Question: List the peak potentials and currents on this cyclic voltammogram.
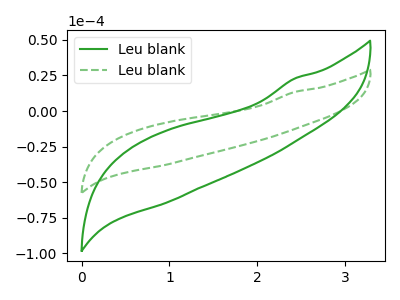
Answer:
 <answer>The green curve "Leu blank1" has no peaks. The green dashed curve "Leu blank2" has no peaks.</answer>
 <eval></eval>